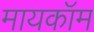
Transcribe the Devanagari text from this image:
मायकॉम